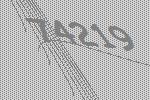
74219